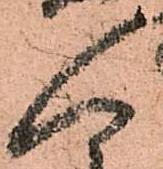
人